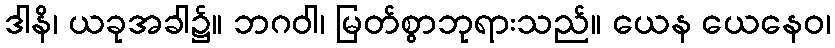
ဒါနိ၊ ယခုအခါ၌။ ဘဂဝါ၊ မြတ်စွာဘုရားသည်။ ယေန ယေနေဝ၊